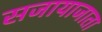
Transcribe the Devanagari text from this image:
सजायाजाता